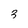
Character: 3